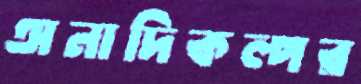
অনাদিকল্পর